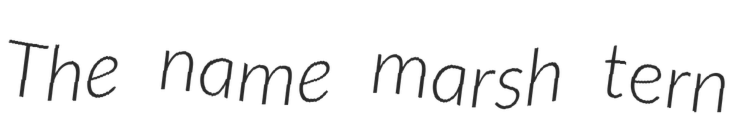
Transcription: The name marsh tern